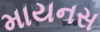
માયનસ